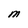
Character: M